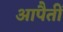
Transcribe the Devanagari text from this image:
आपैतीं